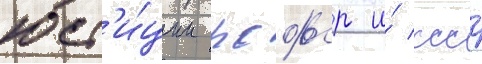
юст'и́ции рсфср и́ ссср